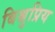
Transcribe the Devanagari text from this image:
बिश्नुप्रिय